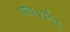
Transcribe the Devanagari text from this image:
पाये।परंतु